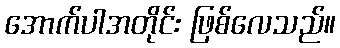
အောက်ပါအတိုင်း ဖြစ်လေသည်။